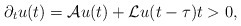
\begin{align*} \partial_{t} u(t) = \mathcal{A} u(t) + \mathcal{L} u(t - \tau) t > 0, \end{align*}